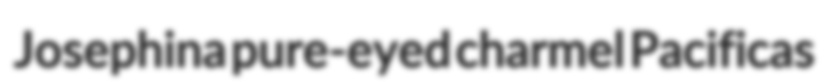
Josephina pure-eyed charmel Pacificas